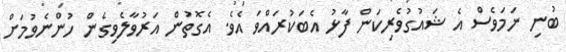
ބުނި ނަމަވެސް އެ ޝައުގުވެރިކަން ފާޅު އެބަކުރައްވަ އެވެ. އެގޮތުން އަރުވާލެވިގެން ހުންނެވުމަށް